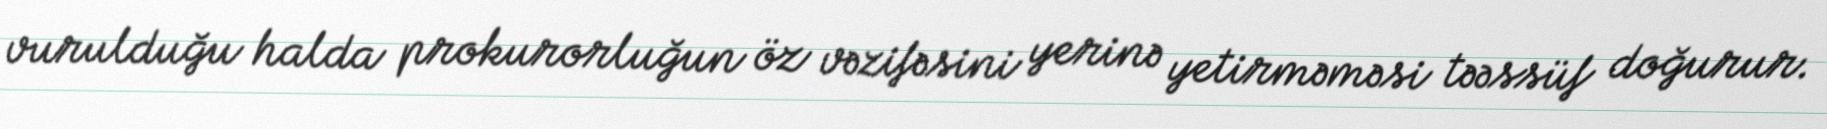
vurulduğu halda prokurorluğun öz vəzifəsini yerinə yetirməməsi təəssüf doğurur.